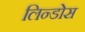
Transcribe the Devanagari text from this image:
लिन्डोस